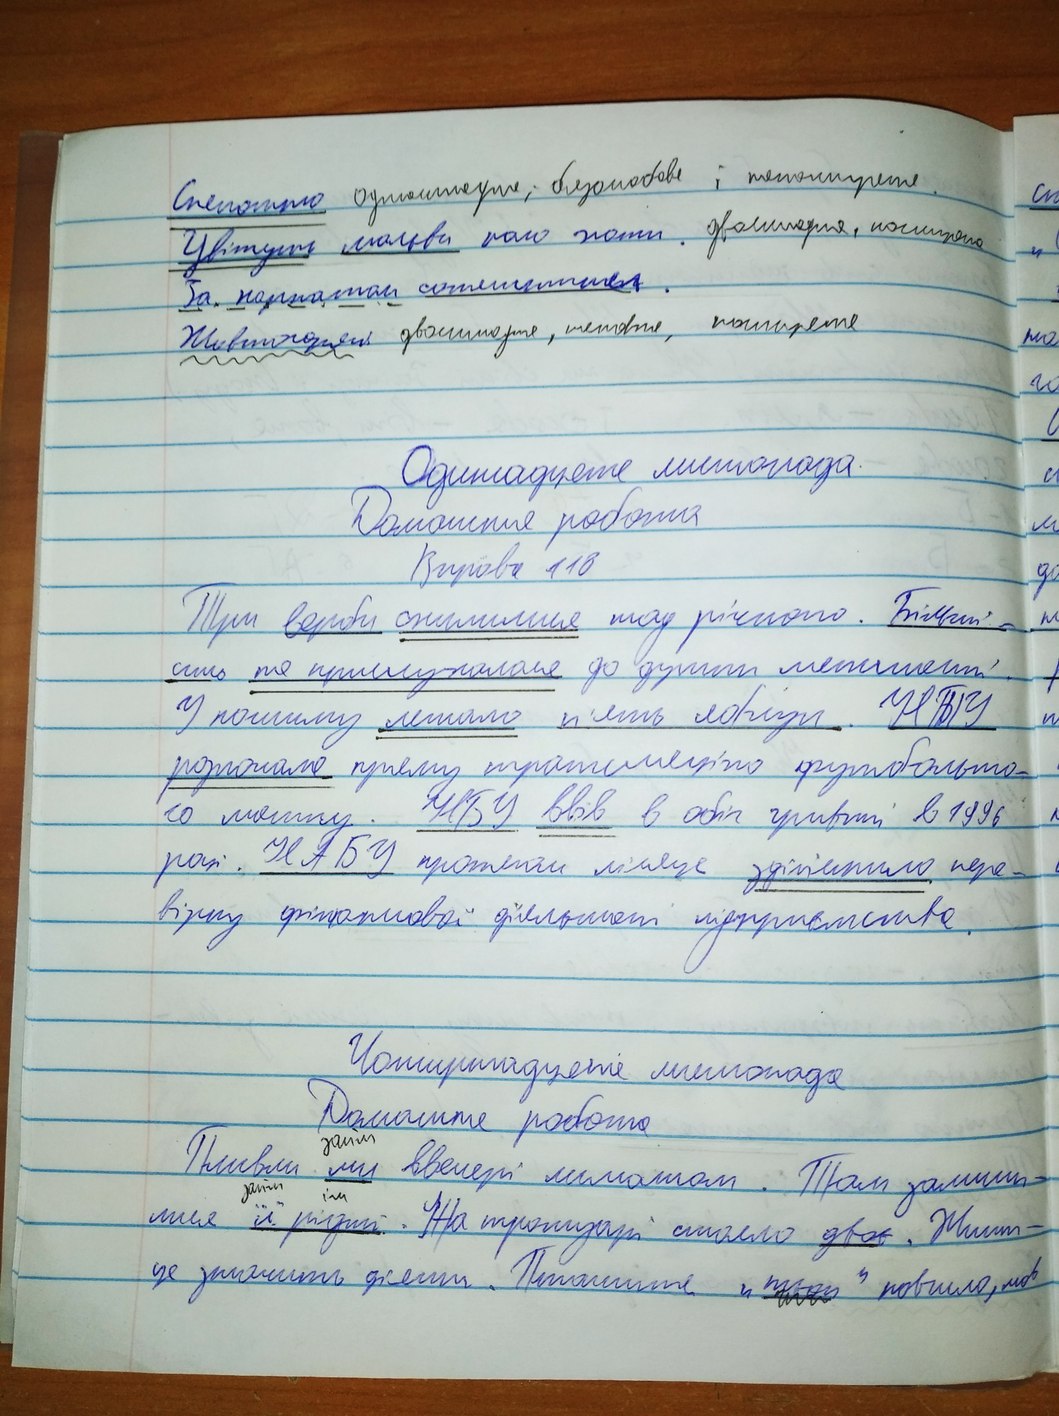
Спекотно односкладне, безособове і непоширене
сп
Цвітуть мальви коло хати. Двоскладне, поширене
За  парканом соняшники.
Жовтогарячі двоскладне, неповне, поширене
на
го
Одиннадцяте листопада
Домашня робота
Вправа 116
Тут верби схилилися над річкою. Більші-
сть не прислухалася до думки меншості.
У кошику лежало п'ять яблук. НТУ
розпочало пряму трансляцію футбольно-
го матчу. НБУ ввів в обіг гривні в 1996
році. НАБУ протягом місяця здійснило пере-
вірку фінансової діяльності підприємства.
Чотирнадцяте листопада
Домашня робота
Пливли ми ввечері лиманом. Там залиши-
займ
займ
ім
лися її рідні. На тротуарі стояло двоє. Жити -
це значить діяти.  [Illegible] "твою" повило, мов